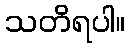
သတိရပါ။